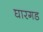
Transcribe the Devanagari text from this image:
घारगड